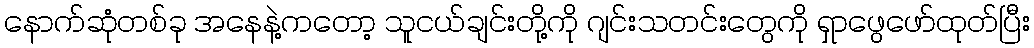
နောက်ဆုံတစ်ခု အနေနဲ့ကတော့ သူငယ်ချင်းတို့ကို ဂျင်းသတင်းတွေကို ရှာဖွေဖော်ထုတ်ပြီး